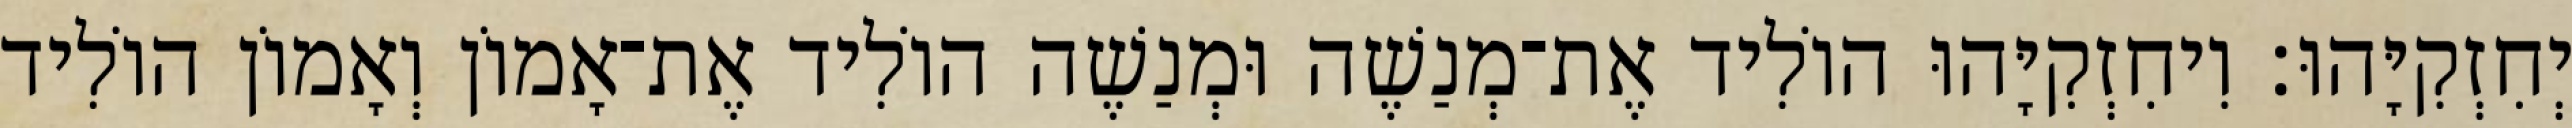
יְחִזְקִיָּהוּ׃ וִיחִזְקִיָּהוּ הוֹלִיד אֶת־מְנַשֶׁה וּמְנַשֶׁה הוֹלִיד אֶת־אָמוֹן וְאָמוֹן הוֹלִיד